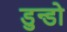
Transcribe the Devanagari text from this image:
डुन्डो